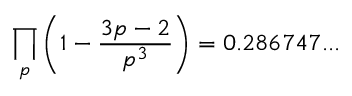
\prod _ { p } \left( 1 - { \frac { 3 p - 2 } { p ^ { 3 } } } \right) = 0 . 2 8 6 7 4 7 . . .